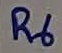
Text: R6